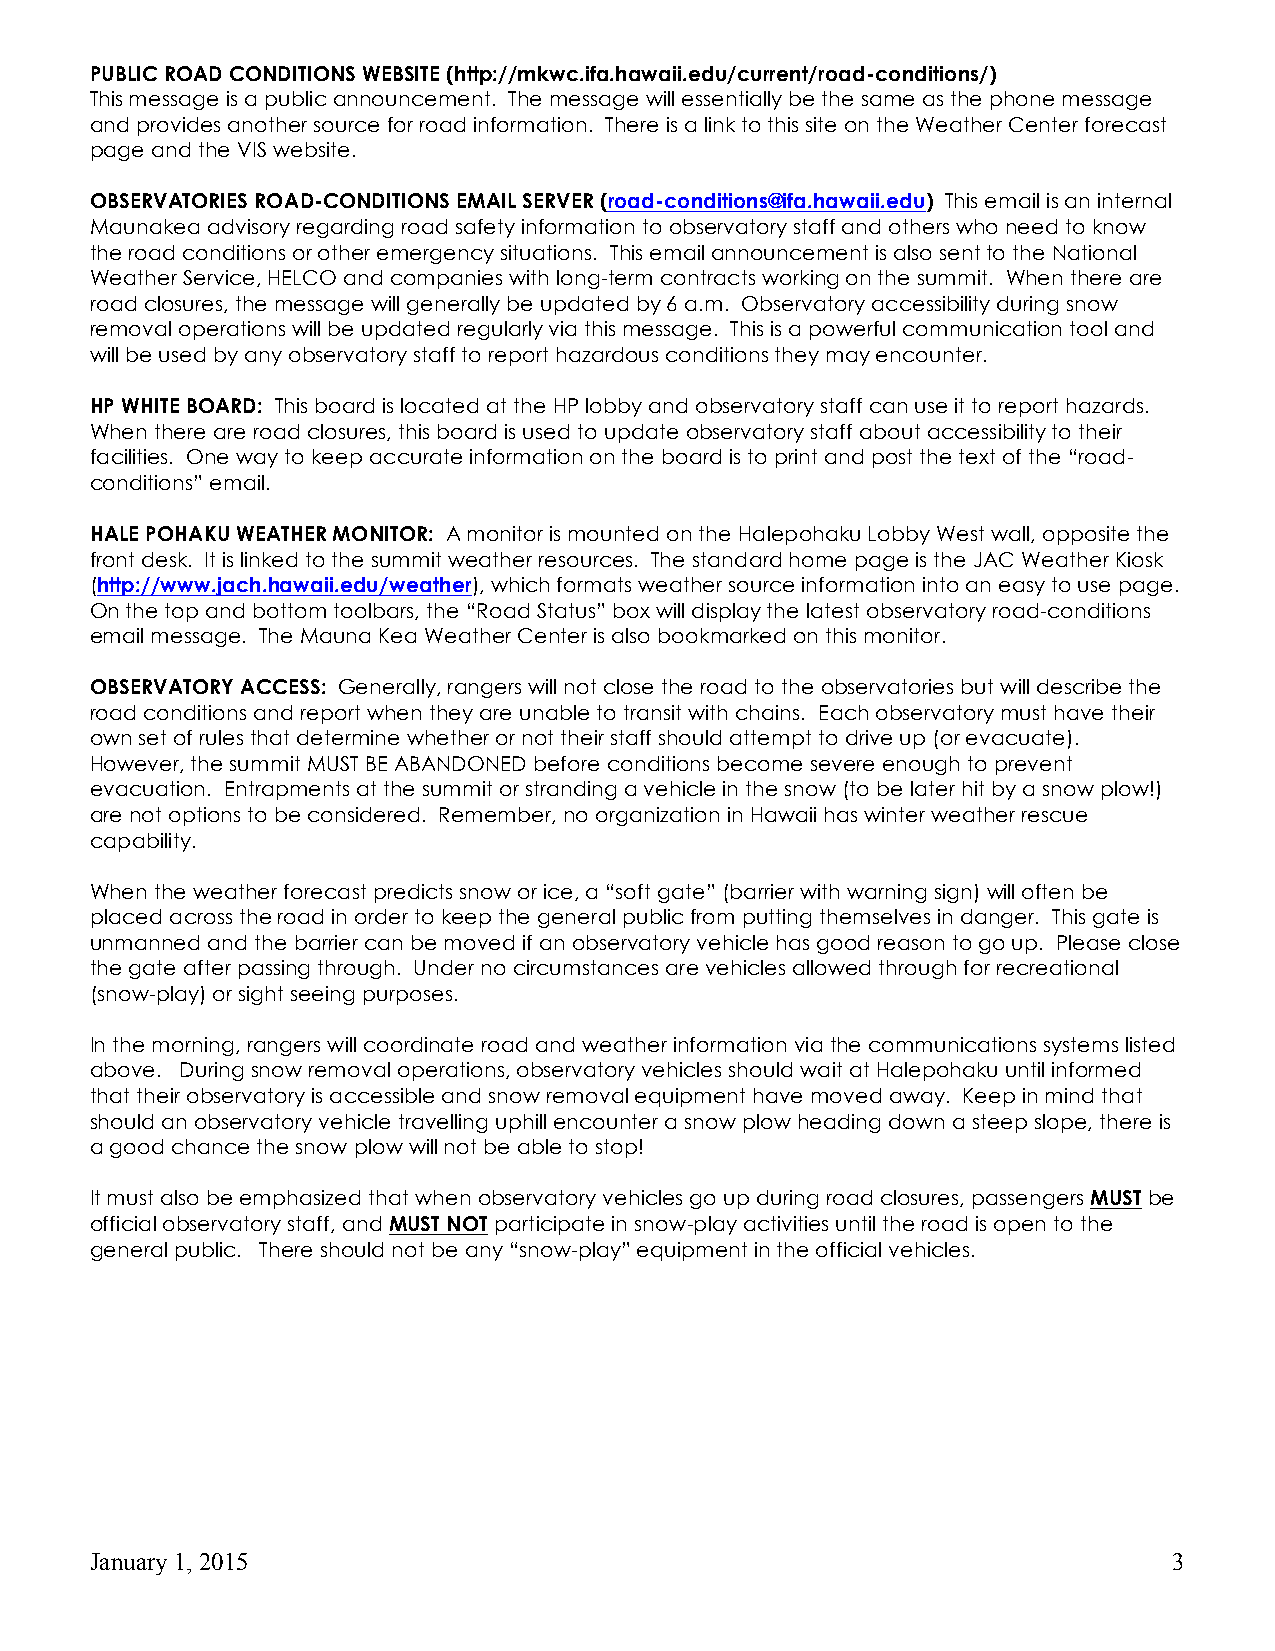
PUBLIC ROAD CONDITIONS WEBSITE (http://mkwc.ifa.hawaii.edu/current/road-conditions/)
 This message is a public announcement. The message will essentially be the same as the phone message
 and provides another source for road information. There is a link to this site on the Weather Center forecast
 page and the VIS website.
 OBSERVATORIES ROAD-CONDITIONS EMAIL SERVER (road-conditions@ifa.hawaii.edu) This email is an internal
 Maunakea advisory regarding road safety information to observatory staff and others who need to know
 the road conditions or other emergency situations. This email announcement is also sent to the National
 Weather Service, HELCO and companies with long-term contracts working on the summit. When there are
 road closures, the message will generally be updated by 6 a.m. Observatory accessibility during snow
 removal operations will be updated regularly via this message. This is a powerful communication tool and
 will be used by any observatory staff to report hazardous conditions they may encounter.
 HP WHITE BOARD: This board is located at the HP lobby and observatory staff can use it to report hazards.
 When there are road closures, this board is used to update observatory staff about accessibility to their
 facilities. One way to keep accurate information on the board is to print and post the text of the “road-
 conditions” email.
 HALE POHAKU WEATHER MONITOR: A monitor is mounted on the Halepohaku Lobby West wall, opposite the
 front desk. It is linked to the summit weather resources. The standard home page is the JAC Weather Kiosk
 (http://www.jach.hawaii.edu/weather), which formats weather source information into an easy to use page.
 On the top and bottom toolbars, the “Road Status” box will display the latest observatory road-conditions
 email message. The Mauna Kea Weather Center is also bookmarked on this monitor.
 OBSERVATORY ACCESS: Generally, rangers will not close the road to the observatories but will describe the
 road conditions and report when they are unable to transit with chains. Each observatory must have their
 own set of rules that determine whether or not their staff should attempt to drive up (or evacuate).
 However, the summit MUST BE ABANDONED before conditions become severe enough to prevent
 evacuation. Entrapments at the summit or stranding a vehicle in the snow (to be later hit by a snow plow!)
 are not options to be considered. Remember, no organization in Hawaii has winter weather rescue
 capability.
 When the weather forecast predicts snow or ice, a “soft gate” (barrier with warning sign) will often be
 placed across the road in order to keep the general public from putting themselves in danger. This gate is
 unmanned and the barrier can be moved if an observatory vehicle has good reason to go up. Please close
 the gate after passing through. Under no circumstances are vehicles allowed through for recreational
 (snow-play) or sight seeing purposes.
 In the morning, rangers will coordinate road and weather information via the communications systems listed
 above. During snow removal operations, observatory vehicles should wait at Halepohaku until informed
 that their observatory is accessible and snow removal equipment have moved away. Keep in mind that
 should an observatory vehicle travelling uphill encounter a snow plow heading down a steep slope, there is
 a good chance the snow plow will not be able to stop!
 It must also be emphasized that when observatory vehicles go up during road closures, passengers MUST be
 official observatory staff, and MUST NOT participate in snow-play activities until the road is open to the
 general public. There should not be any “snow-play” equipment in the official vehicles.
 January 1, 2015                                                         3